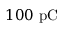
1 0 0 \ \mathrm { p C }